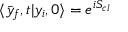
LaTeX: \langle \bar { y } _ { f } , t | y _ { i } , 0 \rangle = e ^ { i S _ { c l } }